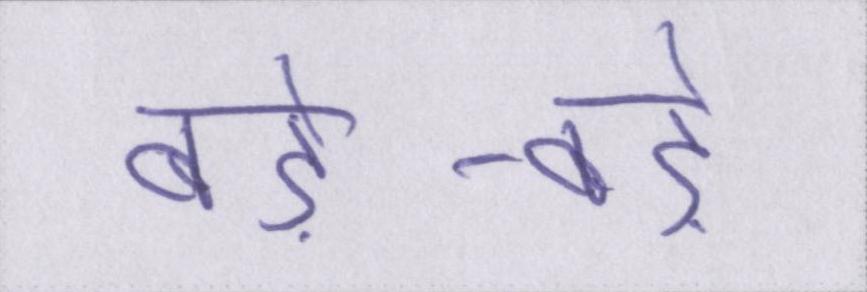
बड़े-बड़े